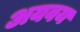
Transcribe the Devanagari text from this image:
अयवय